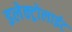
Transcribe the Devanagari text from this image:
इलेक्ट्रोलाईट